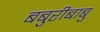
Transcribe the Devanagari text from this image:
बबुरीबाबु